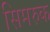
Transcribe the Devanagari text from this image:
सिमरुक